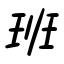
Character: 班